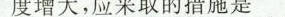
度增大，应采取的措施是